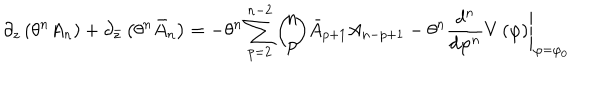
\partial _ { z } \left( \theta ^ { n } A _ { n } \right) + \partial _ { \bar { z } } \left( \theta ^ { n } \bar { A } _ { n } \right) = - \theta ^ { n } \sum _ { p = 2 } ^ { n - 2 } \left( \! \! \begin{array} { c } { { n } } \\ { { p } } \\ \end{array} \! \! \right) \! \bar { A } _ { p + 1 } A _ { n - p + 1 } - \theta ^ { n } \left. \frac { d ^ { n } } { d \varphi ^ { n } } V \left( \varphi \right) \right| _ { \varphi = \varphi _ { 0 } }